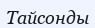
Тайсонды